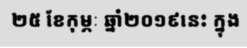
២៥ ខែកុម្ភៈ ឆ្នាំ២០១៩នេះ ក្នុង